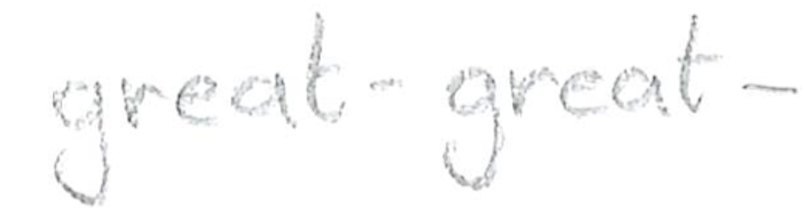
Text: great-great-
Cross-out: clean
Writing tool: pencil